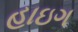
હાઇગ